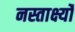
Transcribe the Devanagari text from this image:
नस्तार्क्ष्यो